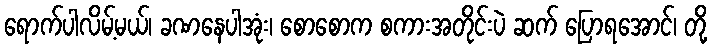
ရောက်ပါလိမ့်မယ်၊ ခဏနေပါအုံး၊ စောစောက စကားအတိုင်းပဲ ဆက် ပြောရအောင်၊ တို့